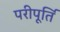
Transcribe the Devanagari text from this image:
परीपूर्ति